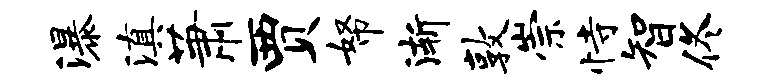
瀑滇萧贾帑渐敦崇恃智佟